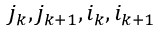
j _ { k } , j _ { k + 1 } , i _ { k } , i _ { k + 1 }